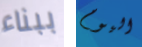
ببناء اليوم